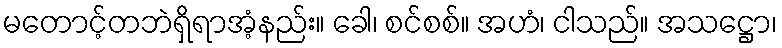
မတောင့်တဘဲရှိရာအံ့နည်း။ ခေါ၊ စင်စစ်။ အဟံ၊ ငါသည်။ အသဋ္ဌော၊